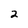
Character: 2